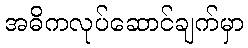
အဓိကလုပ်ဆောင်ချက်မှာ